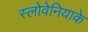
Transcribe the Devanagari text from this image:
स्लोवेनियाके